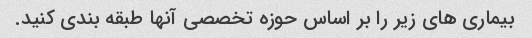
بیماری های زیر را بر اساس حوزه تخصصی آنها طبقه بندی کنید.